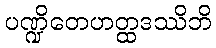
ပဏ္ဍိတေဟတ္ထဒဿိဘိ